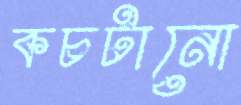
কচটানো